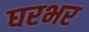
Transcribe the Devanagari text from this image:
घरभर